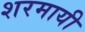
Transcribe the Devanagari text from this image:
शरमायी